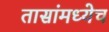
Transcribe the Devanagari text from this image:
तासांमध्येच